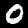
Digit: 0